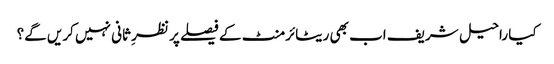
کیا راحیل شریف اب بھی ریٹائرمنٹ کے فیصلے پر نظرِ ثانی نہیں کریں گے؟